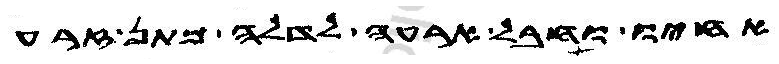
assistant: אחיו וחבל ארעה לדלה מתן זרע